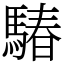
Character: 䮞